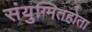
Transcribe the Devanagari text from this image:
संयुग्मितहोता